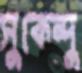
সুকেন্দু